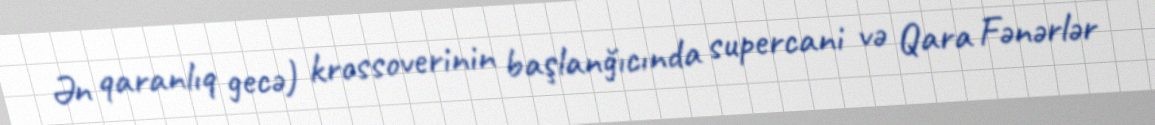
Ən qaranlıq gecə) krossoverinin başlanğıcında supercani və Qara Fənərlər